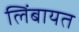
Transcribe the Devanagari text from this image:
लिंबायत